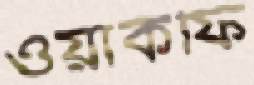
ওয়াকফি